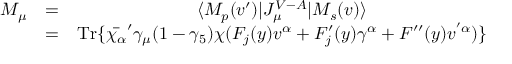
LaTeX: \begin{array} { c c c } { { M _ { \mu } } } & { { = } } & { { \langle M _ { p } ( v ^ { \prime } ) | J _ { \mu } ^ { V - A } | M _ { s } ( v ) \rangle } } \\ { { } } & { { = } } & { { \mathrm { T r } \{ \bar { \chi _ { \alpha } } ^ { \prime } \gamma _ { \mu } ( 1 - \gamma _ { 5 } ) \chi ( F _ { j } ( y ) v ^ { \alpha } + F _ { j } ^ { \prime } ( y ) \gamma ^ { \alpha } + F ^ { \prime \prime } ( y ) v ^ { ' \alpha } ) \} } } \end{array}